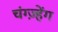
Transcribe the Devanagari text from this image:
चंग्ज़्हेंग